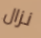
نزال